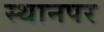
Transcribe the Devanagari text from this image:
स्‍थानपर